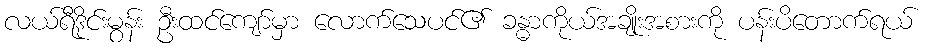
လယ်ရီဒိုင်းမွန်း ဦးထင်ကျော်မှာ လောက်သေပင်၏ ခန္ဓာကိုယ်အချိုးအစားကို ပန်းပိတောက်ရယ်